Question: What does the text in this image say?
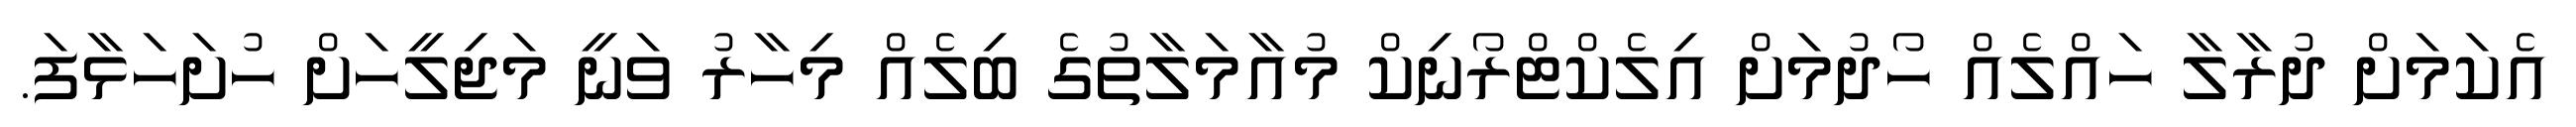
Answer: އެކަމަށް ދުރާލާ ހައްލެއް ހޯދުމަށް އިލެކްޓްރޯނިކް މުއާމަލާތުގެ ބިލެއް މިހާރު ވަނީ މަޖިލީހަށް ހުށަހަޅާފަ.